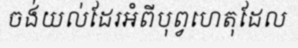
ចង់យល់ដែរអំពីបុព្វហេតុដែល